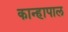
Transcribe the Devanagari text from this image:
कान्हापाल